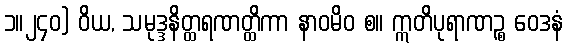
၁။၂၄၀) ဝိယ, သမုဒ္ဒနိတ္ထရဏတ္ထိကာ နာဝမိဝ စ။ ဣတိပုရာဏဉ္စ ဝေဒနံ